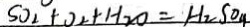
S 0 _ { 2 } + O _ { 2 } + H _ { 2 } 0 = H _ { 2 } S O _ { 4 }